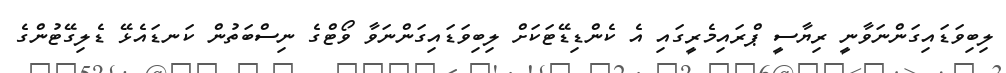
ލިބިވަޑައިގަންނަވާނީ ރިޔާސީ ޕްރައިމެރީގައި އެ ކެންޑިޑޭޓަކަށް ލިބިވަޑައިގަންނަވާ ވޯޓްގެ ނިސްބަތުން ކަނޑައެޅޭ ޑެލިގޭޓުންގެ